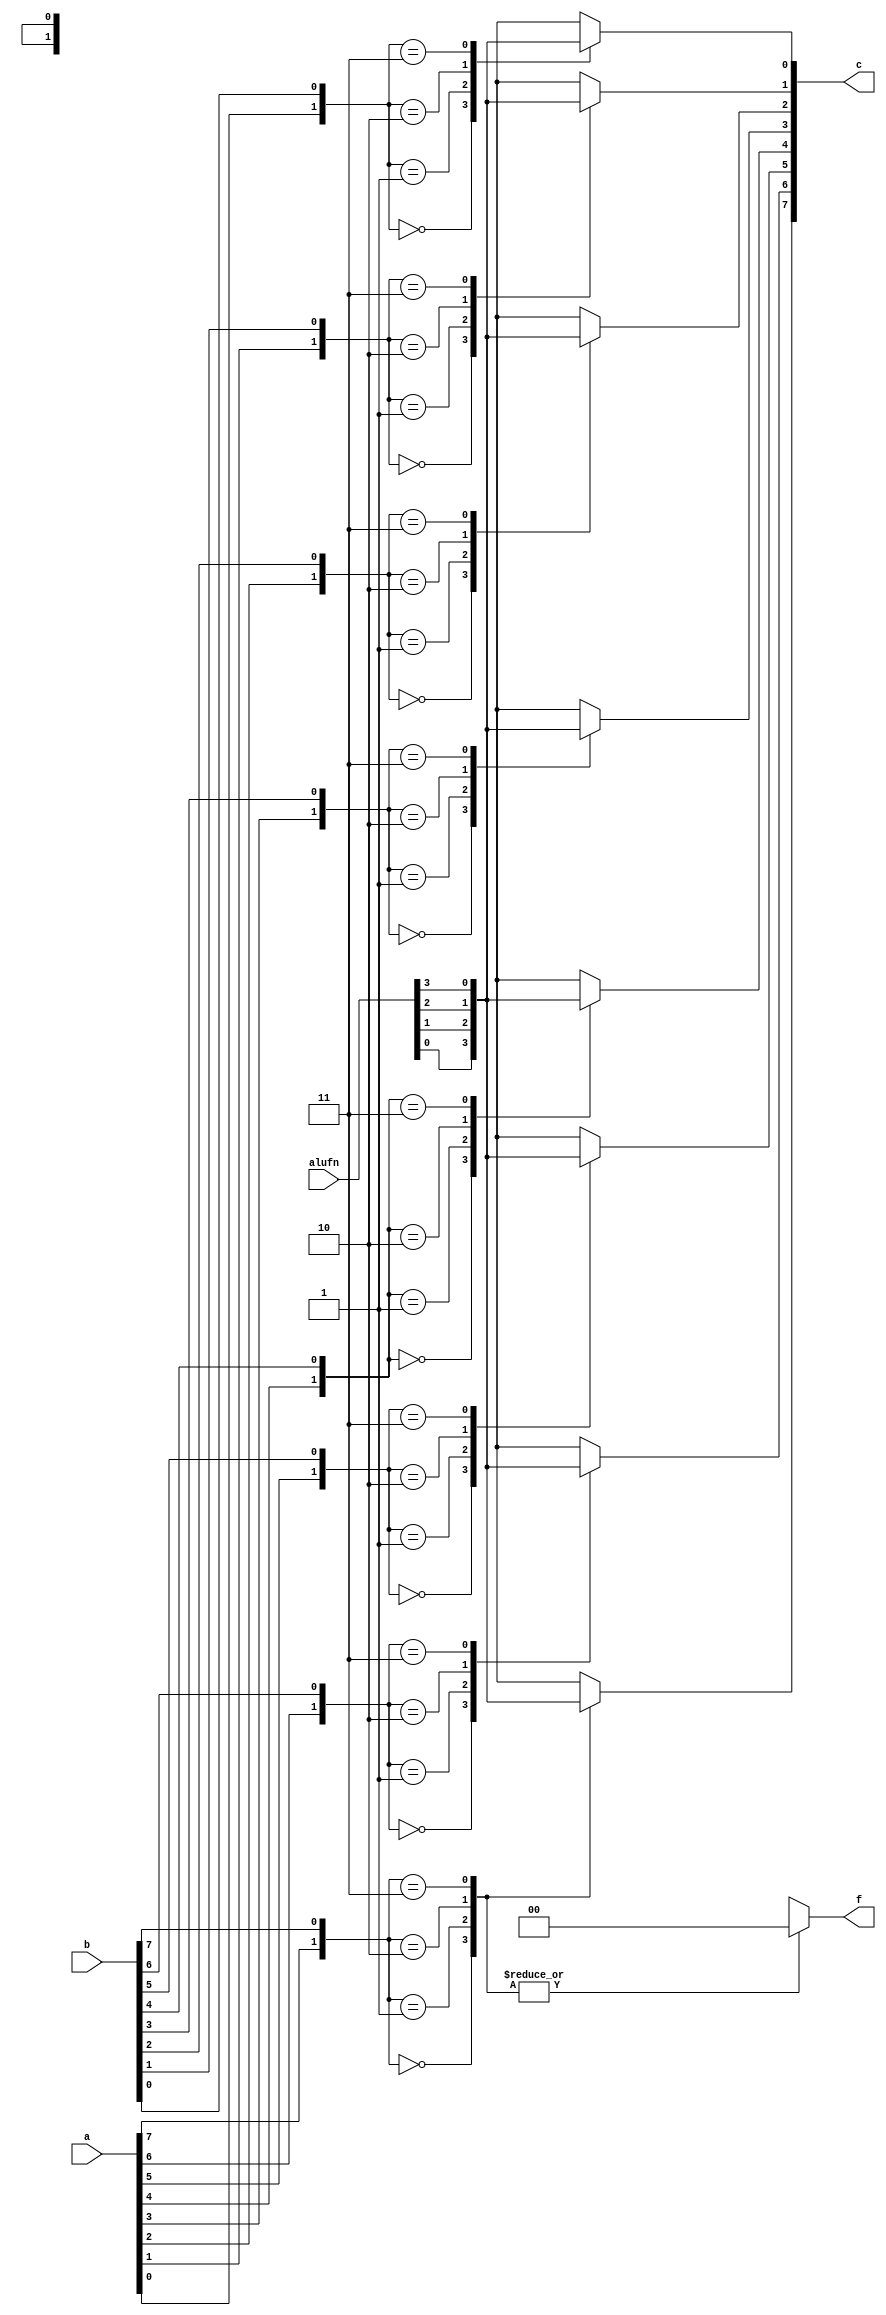
/*
   This file was generated automatically by the Mojo IDE version B1.3.6.
   Do not edit this file directly. Instead edit the original Lucid source.
   This is a temporary file and any changes made to it will be destroyed.
*/

module boole_5 (
    input [5:0] alufn,
    input [7:0] a,
    input [7:0] b,
    output reg [7:0] c,
    output reg [1:0] f
  );
  
  
  
  integer n;
  
  integer in;
  
  always @* begin
    f = 2'h1;
    c = 16'h0000;
    for (n = 1'h0; n < 4'h8; n = n + 1) begin
      in = {a[(n)*1+0-:1], b[(n)*1+0-:1]};
      
      case (in)
        2'h0: begin
          f = 2'h0;
          c[(n)*1+0-:1] = alufn[0+0-:1];
        end
        2'h1: begin
          f = 2'h0;
          c[(n)*1+0-:1] = alufn[1+0-:1];
        end
        2'h2: begin
          f = 2'h0;
          c[(n)*1+0-:1] = alufn[2+0-:1];
        end
        2'h3: begin
          f = 2'h0;
          c[(n)*1+0-:1] = alufn[3+0-:1];
        end
      endcase
    end
  end
endmodule